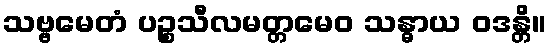
သဗ္ဗမေတံ ပဉ္စသီလမတ္တမေဝ သန္ဓာယ ဝဒန္တိ။